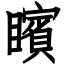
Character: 矉